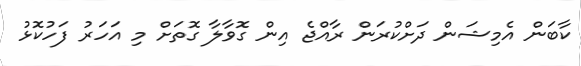
ކާބަން އެމިޝަން ދަށްކުރަން ރާއްޖެ އިން ގޮވާލާ ގޮތަށް މި އަހަރު ފަހުކޮޅު